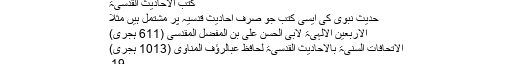
کتب الاحادیث القدسیۃ
حدیث نبوی کی ایسی کتب جو صرف احادیث قدسیہ پر مشتمل ہیں مثلاً
الاربعین الالہیۃ لابی الحسن علی بن المفضل المقدسی (611 ہجری)
الاتحافات السنیۃ بالاحادیث القدسیۃ لحافظ عبالرؤف المناوی (1013 ہجری)
19۔